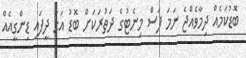
ބޮޑުކަމެއް ދިމާވެއްޖެ ނަމަ ފަސް މިނެޓުގެ ދަތުރަކަށް ބޮޑު އަގު ދީފައި ޑިންގީއެއް